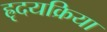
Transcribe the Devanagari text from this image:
ह्रृदयक्रिया